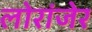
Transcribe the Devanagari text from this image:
लोरांंजेर